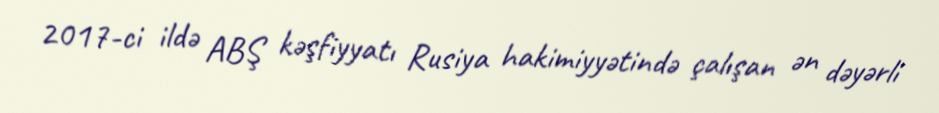
2017-ci ildə ABŞ kəşfiyyatı Rusiya hakimiyyətində çalışan ən dəyərli